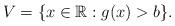
LaTeX: \begin{align*} V=\{x\in\mathbb{R}:g(x)>b\}.\end{align*}